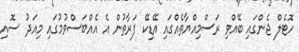
ހޮޓެލް ޖެންގައި ބޭއްވި ރަސްމިއްޔާތެއްގައި އޭޑިކޭ ފަރާތުން އެ އެއްބަސްވުމުގައި މިއަދު ސޮއި